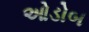
ઓડોબ